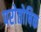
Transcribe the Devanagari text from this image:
परोतोषिक